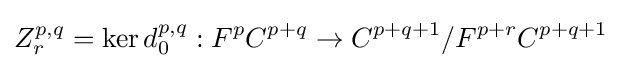
Z_{r}^{p,q}=\ker d_{0}^{p,q}:F^{p}C^{p+q}\rightarrow C^{p+q+1}/F^{p+r}C^{p+q+1}